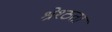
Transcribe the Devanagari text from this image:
श्रेश्ठता